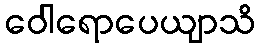
ဝေါရောပေယျာသိ